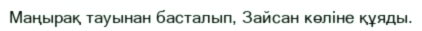
Маңырақ тауынан басталып, Зайсан көліне құяды.